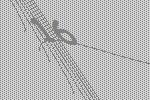
16